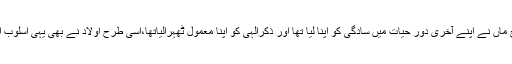
جس طرح ماں نے اپنے آخری دور حیات میں سادگی کو اپنا لیا تھا اور ذکرالہی کو اپنا معمول ٹھہرالیاتھا،اسی طرح اولاد نے بھی یہی اسلوب اختیار کیا۔